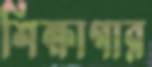
শিক্ষাগার